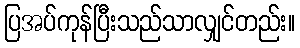
ပြအပ်ကုန်ပြီးသည်သာလျှင်တည်း။